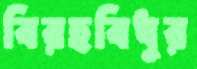
বিরহবিধুর